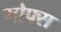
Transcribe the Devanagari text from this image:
गोफ्स